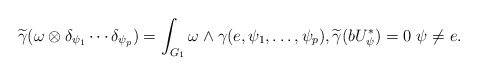
\begin{align*}\widetilde{\gamma}(\omega\otimes\delta_{\psi_1}\cdots \delta_{\psi_p} )=\int_{G_1}\omega \wedge \gamma(e,\psi_1,\dots,\psi_p),\widetilde{\gamma}(b U^{\ast}_{\psi})=0 \ \psi \ne e.\end{align*}